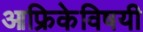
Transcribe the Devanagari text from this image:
आफ्रिकेविषयी